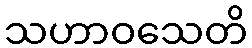
သဟာဝသေတိ